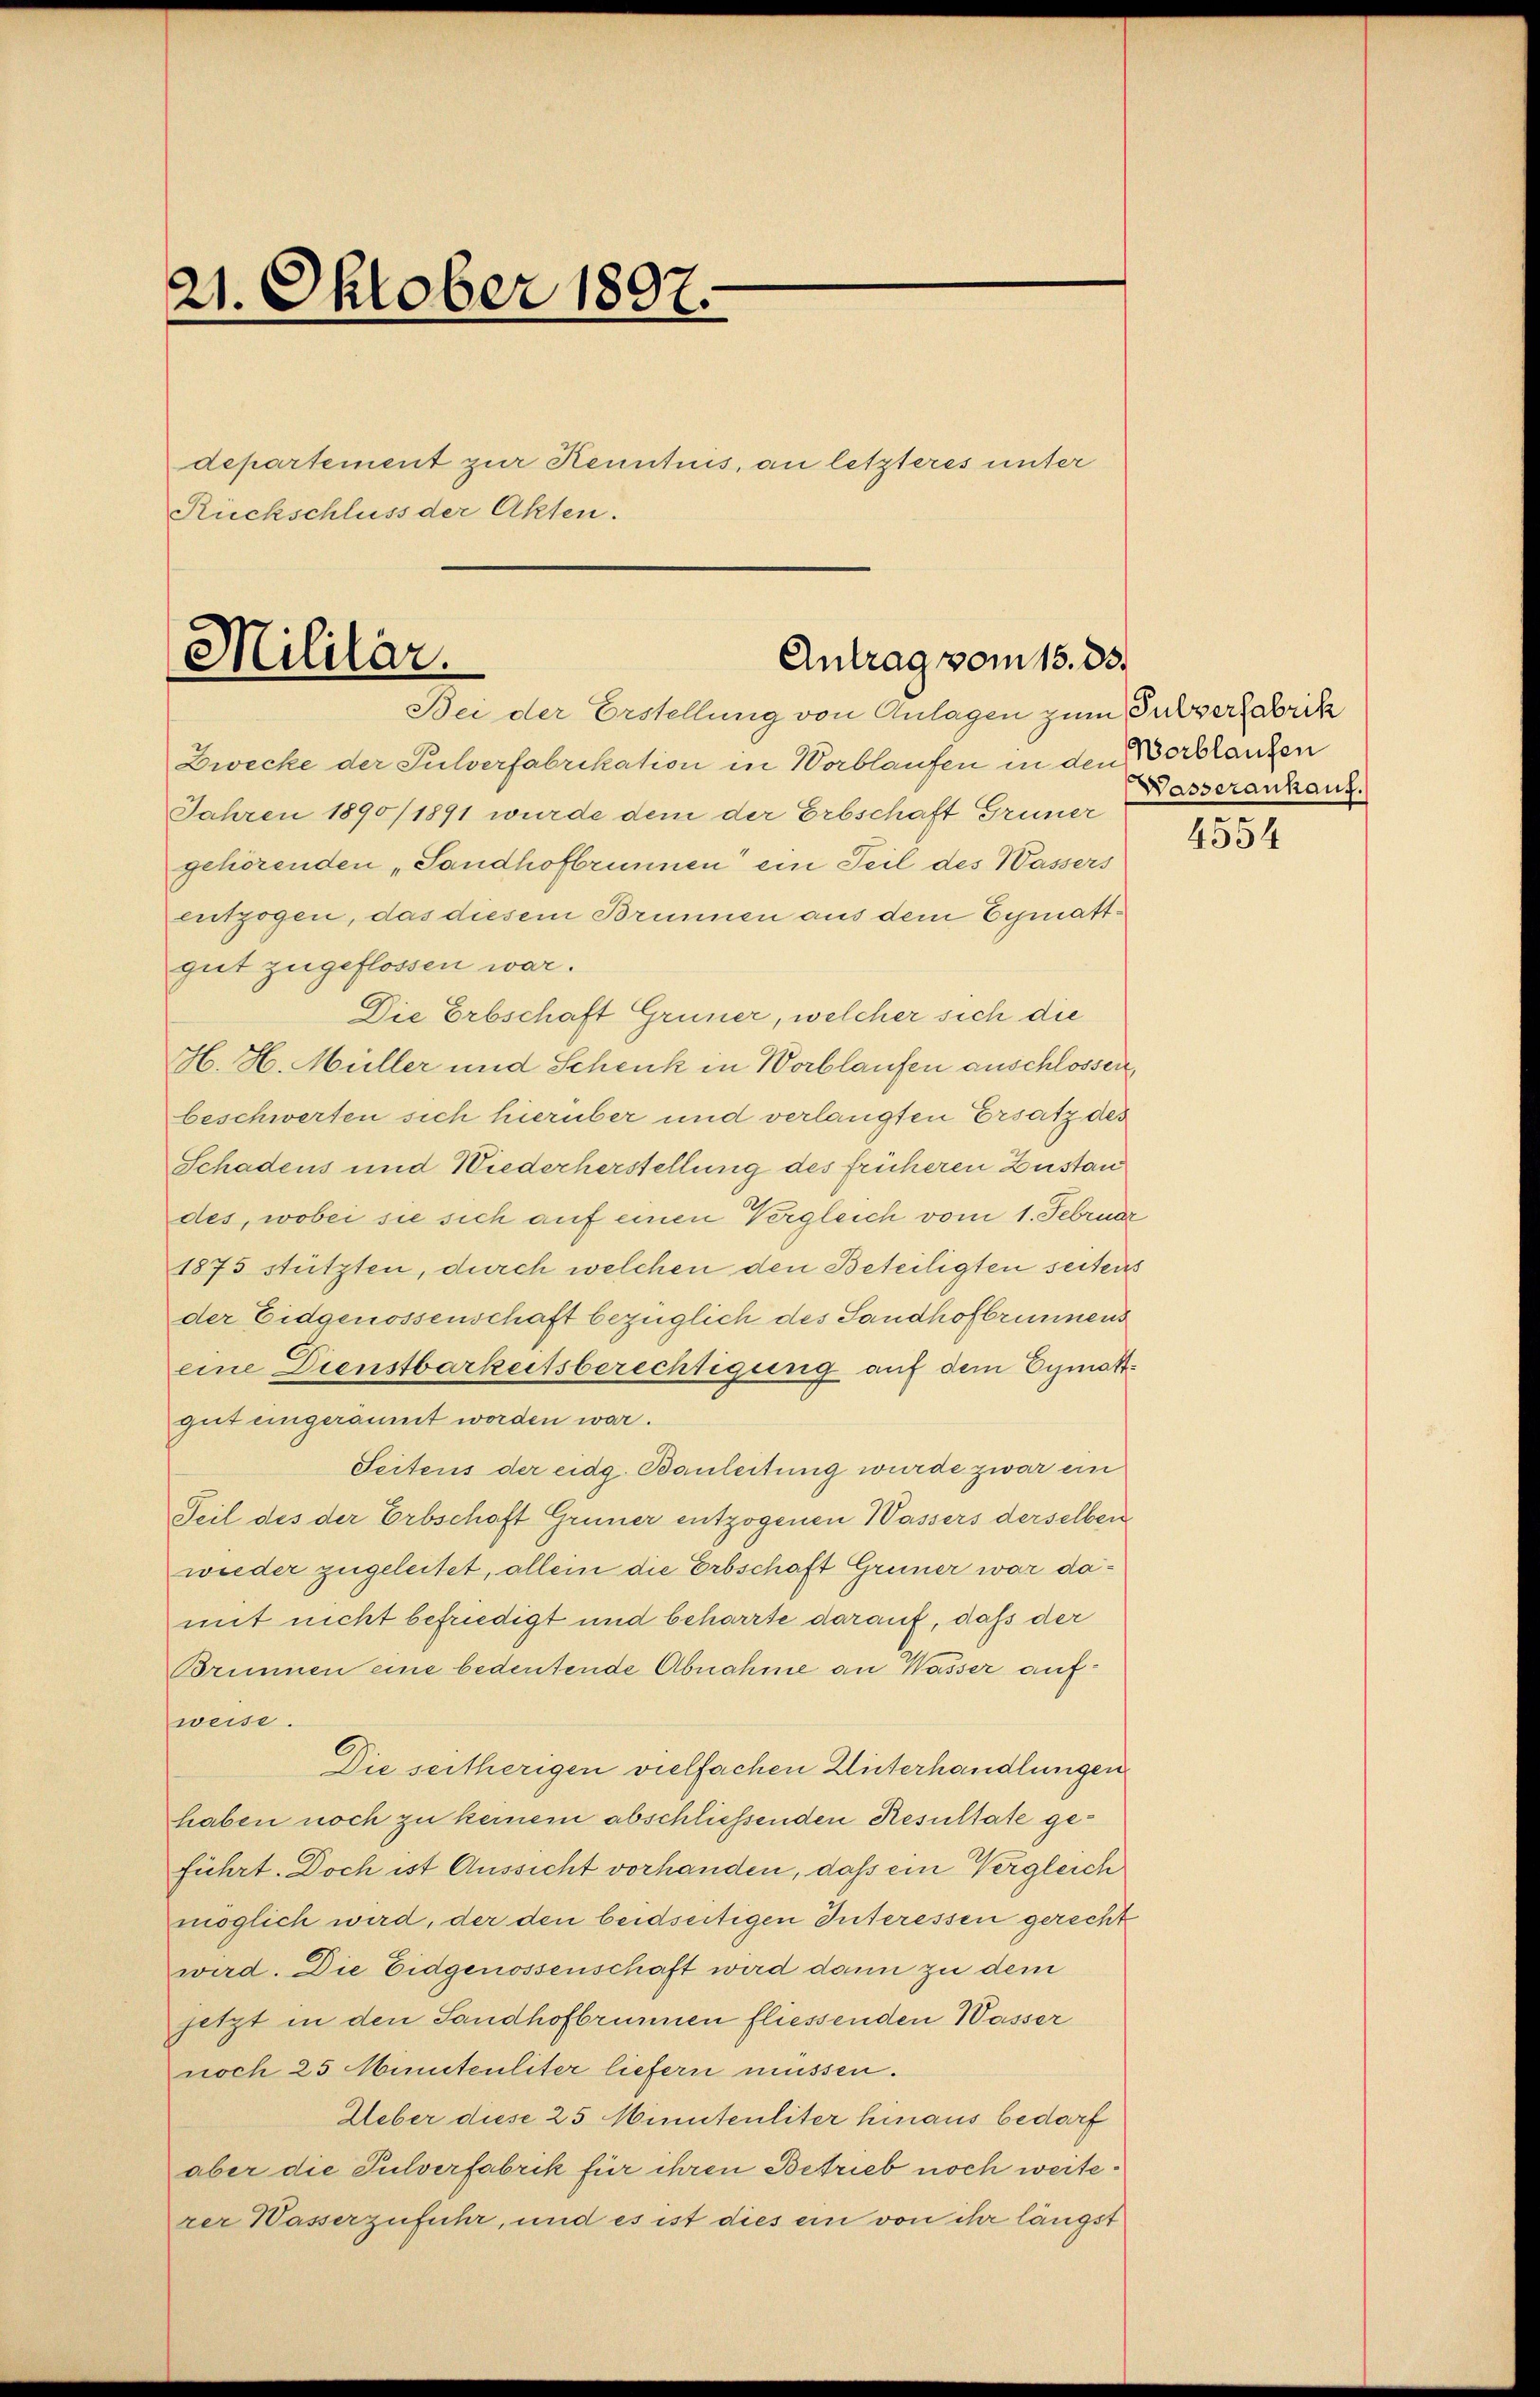
21. Oktober 1897.
departement zur Kenntnis, an letzteres unter
Rückschluss der Akten.

Zwecke der Sulverfabrikation in Worblaufen in den Verblaufen
Jahren 1890/1891 wurde dem der Erbschaft Grüner
gehörenden „Sandhofbrunnen ein Teil des Wassers
entzogen, das diesem Brunnen aus dem Eymattgut zugeflossen war.
Die Erbschaft Grüner, welcher sich die
H. H. Müller und Schenk in Worblaufen anschlossen,
beschwerten sich hierüber und verlangten Ersatz des
Schadens und Wiederherstellung des früheren Zustan
des, wobei sie sich auf einen Vergleich vom 1. Februar
1875 stützten, durch welchen den Beteiligten seitens
der Eidgenossenschaft bezüglich des Sandhofbrunnens
eine Dienstbarkeitsberechtigung auf dem Eymottgut eingeräumt worden war.
Seitens der eidg. Bauleitung wurde zwar ein
Teil des der Erbschaft Grüner entzogenen Wassers derselben
wieder zugeleitet, allein die Erbschaft Grüner war damit nicht befriedigt und beharrte darauf, daß der
Brunnen eine bedeutende Abnahme an Wasser aufweise.
Die seitherigen vielfachen Unterhandlungen
haben noch zu keinem abschliessenden Resultate geführt. Doch ist Aussicht vorhanden, daß ein Vergleich
möglich wird, der den beidseitigen Interessen gerecht
wird. Die Eidgenossenschaft wird dann zu dem
jetzt in den Sandhofbrunnen fliessenden Wasser
noch 25 Minutenliter liefern müssen.
Ueber diese 25 Minutenliter hinaus bedarf
aber die Pulverfabrik für ihren Betrieb noch weiterer Wasserzufuhr, und es ist dies ein von ihr längst

Militär.

Antrag vom 15. 33.
Bei der Erstellung von Anlagen zum Pulverfabrik

Wasserankauf.

4554